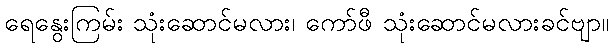
ရေနွေးကြမ်း သုံးဆောင်မလား၊ ကော်ဖီ သုံးဆောင်မလားခင်ဗျာ။